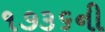
૧૭૩૬ની